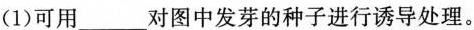
(1)可用___对图中发芽的种子进行诱导处理。